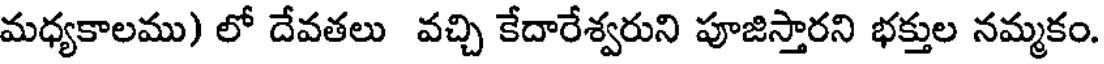
మధ్యకాలము) లో దేవతలు వచ్చి కేదారేశ్వరుని పూజిస్తారని భక్తుల నమ్మకం.